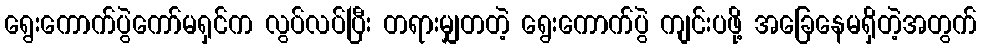
ရွေးကောက်ပွဲကော်မရှင်က လွပ်လပ်ပြီး တရားမျှတတဲ့ ရွေးကောက်ပွဲ ကျင်းပဖို့ အခြေနေမရှိတဲ့အတွက်